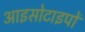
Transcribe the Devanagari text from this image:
आइसोटाइपों